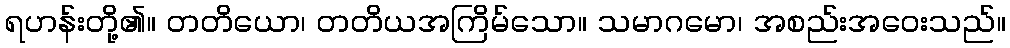
ရဟန်းတို့၏။ တတိယော၊ တတိယအကြိမ်သော။ သမာဂမော၊ အစည်းအဝေးသည်။